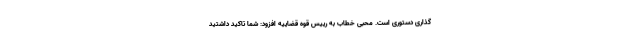
گذاری دستوری است. محبی خطاب به رییس قوه قضاییه افزود: شما تاکید داشتید